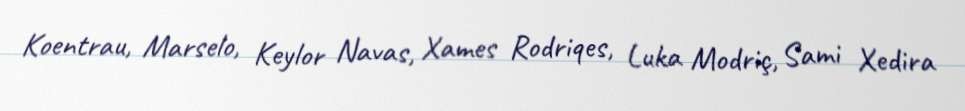
Koentrau, Marselo, Keylor Navas, Xames Rodriqes, Luka Modriç, Sami Xedira